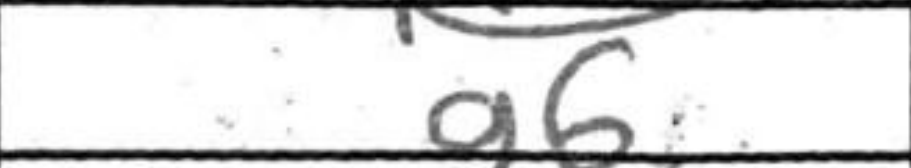
Transcription: g6